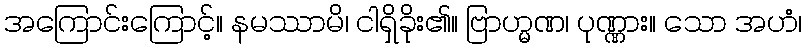
အကြောင်းကြောင့်။ နမဿာမိ၊ ငါရှိခိုး၏။ ဗြာဟ္မဏ၊ ပုဏ္ဏား။ သော အဟံ၊